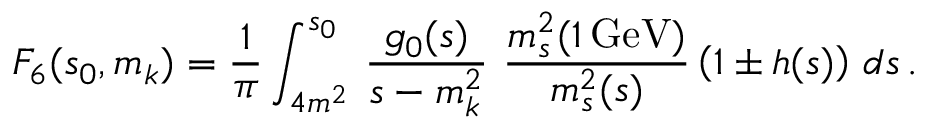
F _ { 6 } ( s _ { 0 } , m _ { k } ) = \frac { 1 } { \pi } \int _ { 4 m ^ { 2 } } ^ { s _ { 0 } } \, \frac { g _ { 0 } ( s ) } { s - m _ { k } ^ { 2 } } \, \, \frac { m _ { s } ^ { 2 } ( 1 \, \mathrm { G e V } ) } { m _ { s } ^ { 2 } ( s ) } \left( 1 \pm h ( s ) \right) \, d s \, .